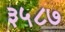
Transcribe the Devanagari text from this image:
३५८७